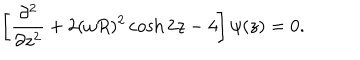
LaTeX: \left[ { \frac { \partial ^ { 2 } } { \partial z ^ { 2 } } } + 2 ( \omega R ) ^ { 2 } \cosh 2 z - 4 \right] \psi ( z ) = 0 .